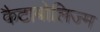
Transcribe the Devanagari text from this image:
कैटाबोलिज्म